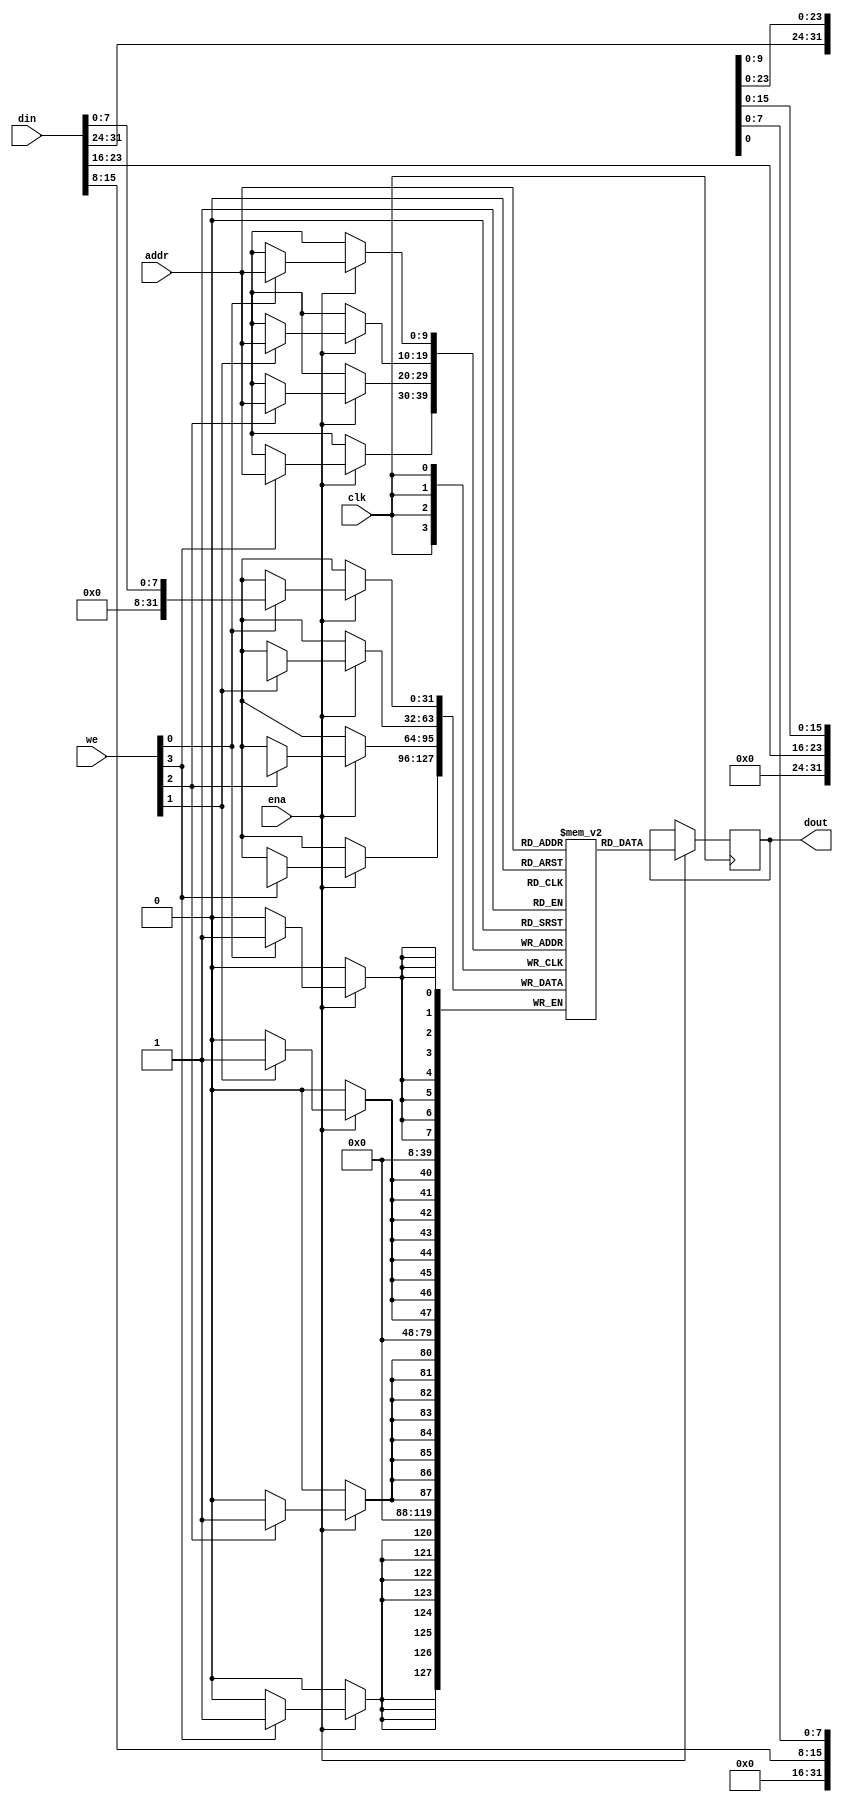
module bytewrite_sp_ram_rf
#(
//--------------------------------------------------------------------------
parameter NUM_COL = 4, // 4 columns of 1 byte each make : 32 bits
parameter COL_WIDTH = 8, //1 byte
parameter ADDR_WIDTH = 10, // Addr Width in bits : 2 *ADDR_WIDTH = RAM Depth ---> 2^10 = 1024
parameter DATA_WIDTH = NUM_COL*COL_WIDTH // Data Width in bits
//--------------------------------------------------------------------------
) (
input clk,
input ena,
input [NUM_COL-1:0] we,
input [ADDR_WIDTH-1:0] addr,
input [DATA_WIDTH-1:0] din,
output reg [DATA_WIDTH-1:0] dout
);

reg [DATA_WIDTH-1:0] ram [(2**ADDR_WIDTH)-1:0];
integer i;

always @ (posedge clk) 
begin
	if(ena) 
	begin
		for(i=0;i<NUM_COL;i=i+1) 
		begin
			if(we[i]) 
			begin
				ram[addr][i*COL_WIDTH +: COL_WIDTH] <= din[i*COL_WIDTH +: COL_WIDTH];
			end
		end
	dout <= ram[addr];
	end
end

endmodule